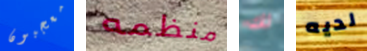
معجبون منظمه لك لديه